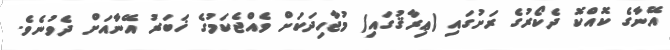
އޭނާގެ ކޮއްކޮ ދެކޯރުގެ ރަށުގައި (ޢިރާޤުގައި) މުޖާހިދަކަށް ވެއްޖެކަމުގެ ޚަބަރު އޭނާއަށް ދެވުނެވެ.